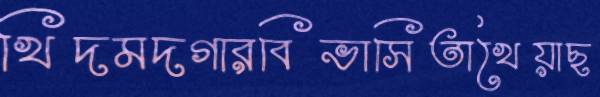
খিদমদগারবিভাসিতাখৈয়াছ